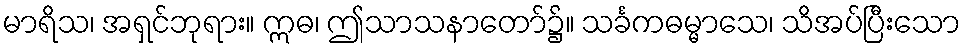
မာရိသ၊ အရှင်ဘုရား။ ဣဓ၊ ဤသာသနာတော်၌။ သင်္ခကဓမ္မာသေ၊ သိအပ်ပြီးသော